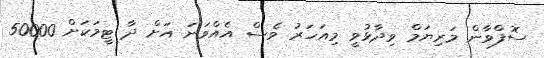
ސޮފްވާން މަރިޔަމް ވިދާޅުވީ މިއަހަރު ވެސް އެއްވަނަ އަށް ދާ ޓީމަކަށް 50000